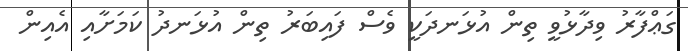
ގަޢްފާރު ވިދާޅުވީ ތިން އުޅަނދަކީ ވެސް ފައިބަރު ތިން އުޅަނދު ކަމަށާއި އެއިން